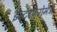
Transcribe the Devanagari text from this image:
इन्टरफेरोमेट्री